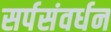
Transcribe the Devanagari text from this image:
सर्पसंवर्धन